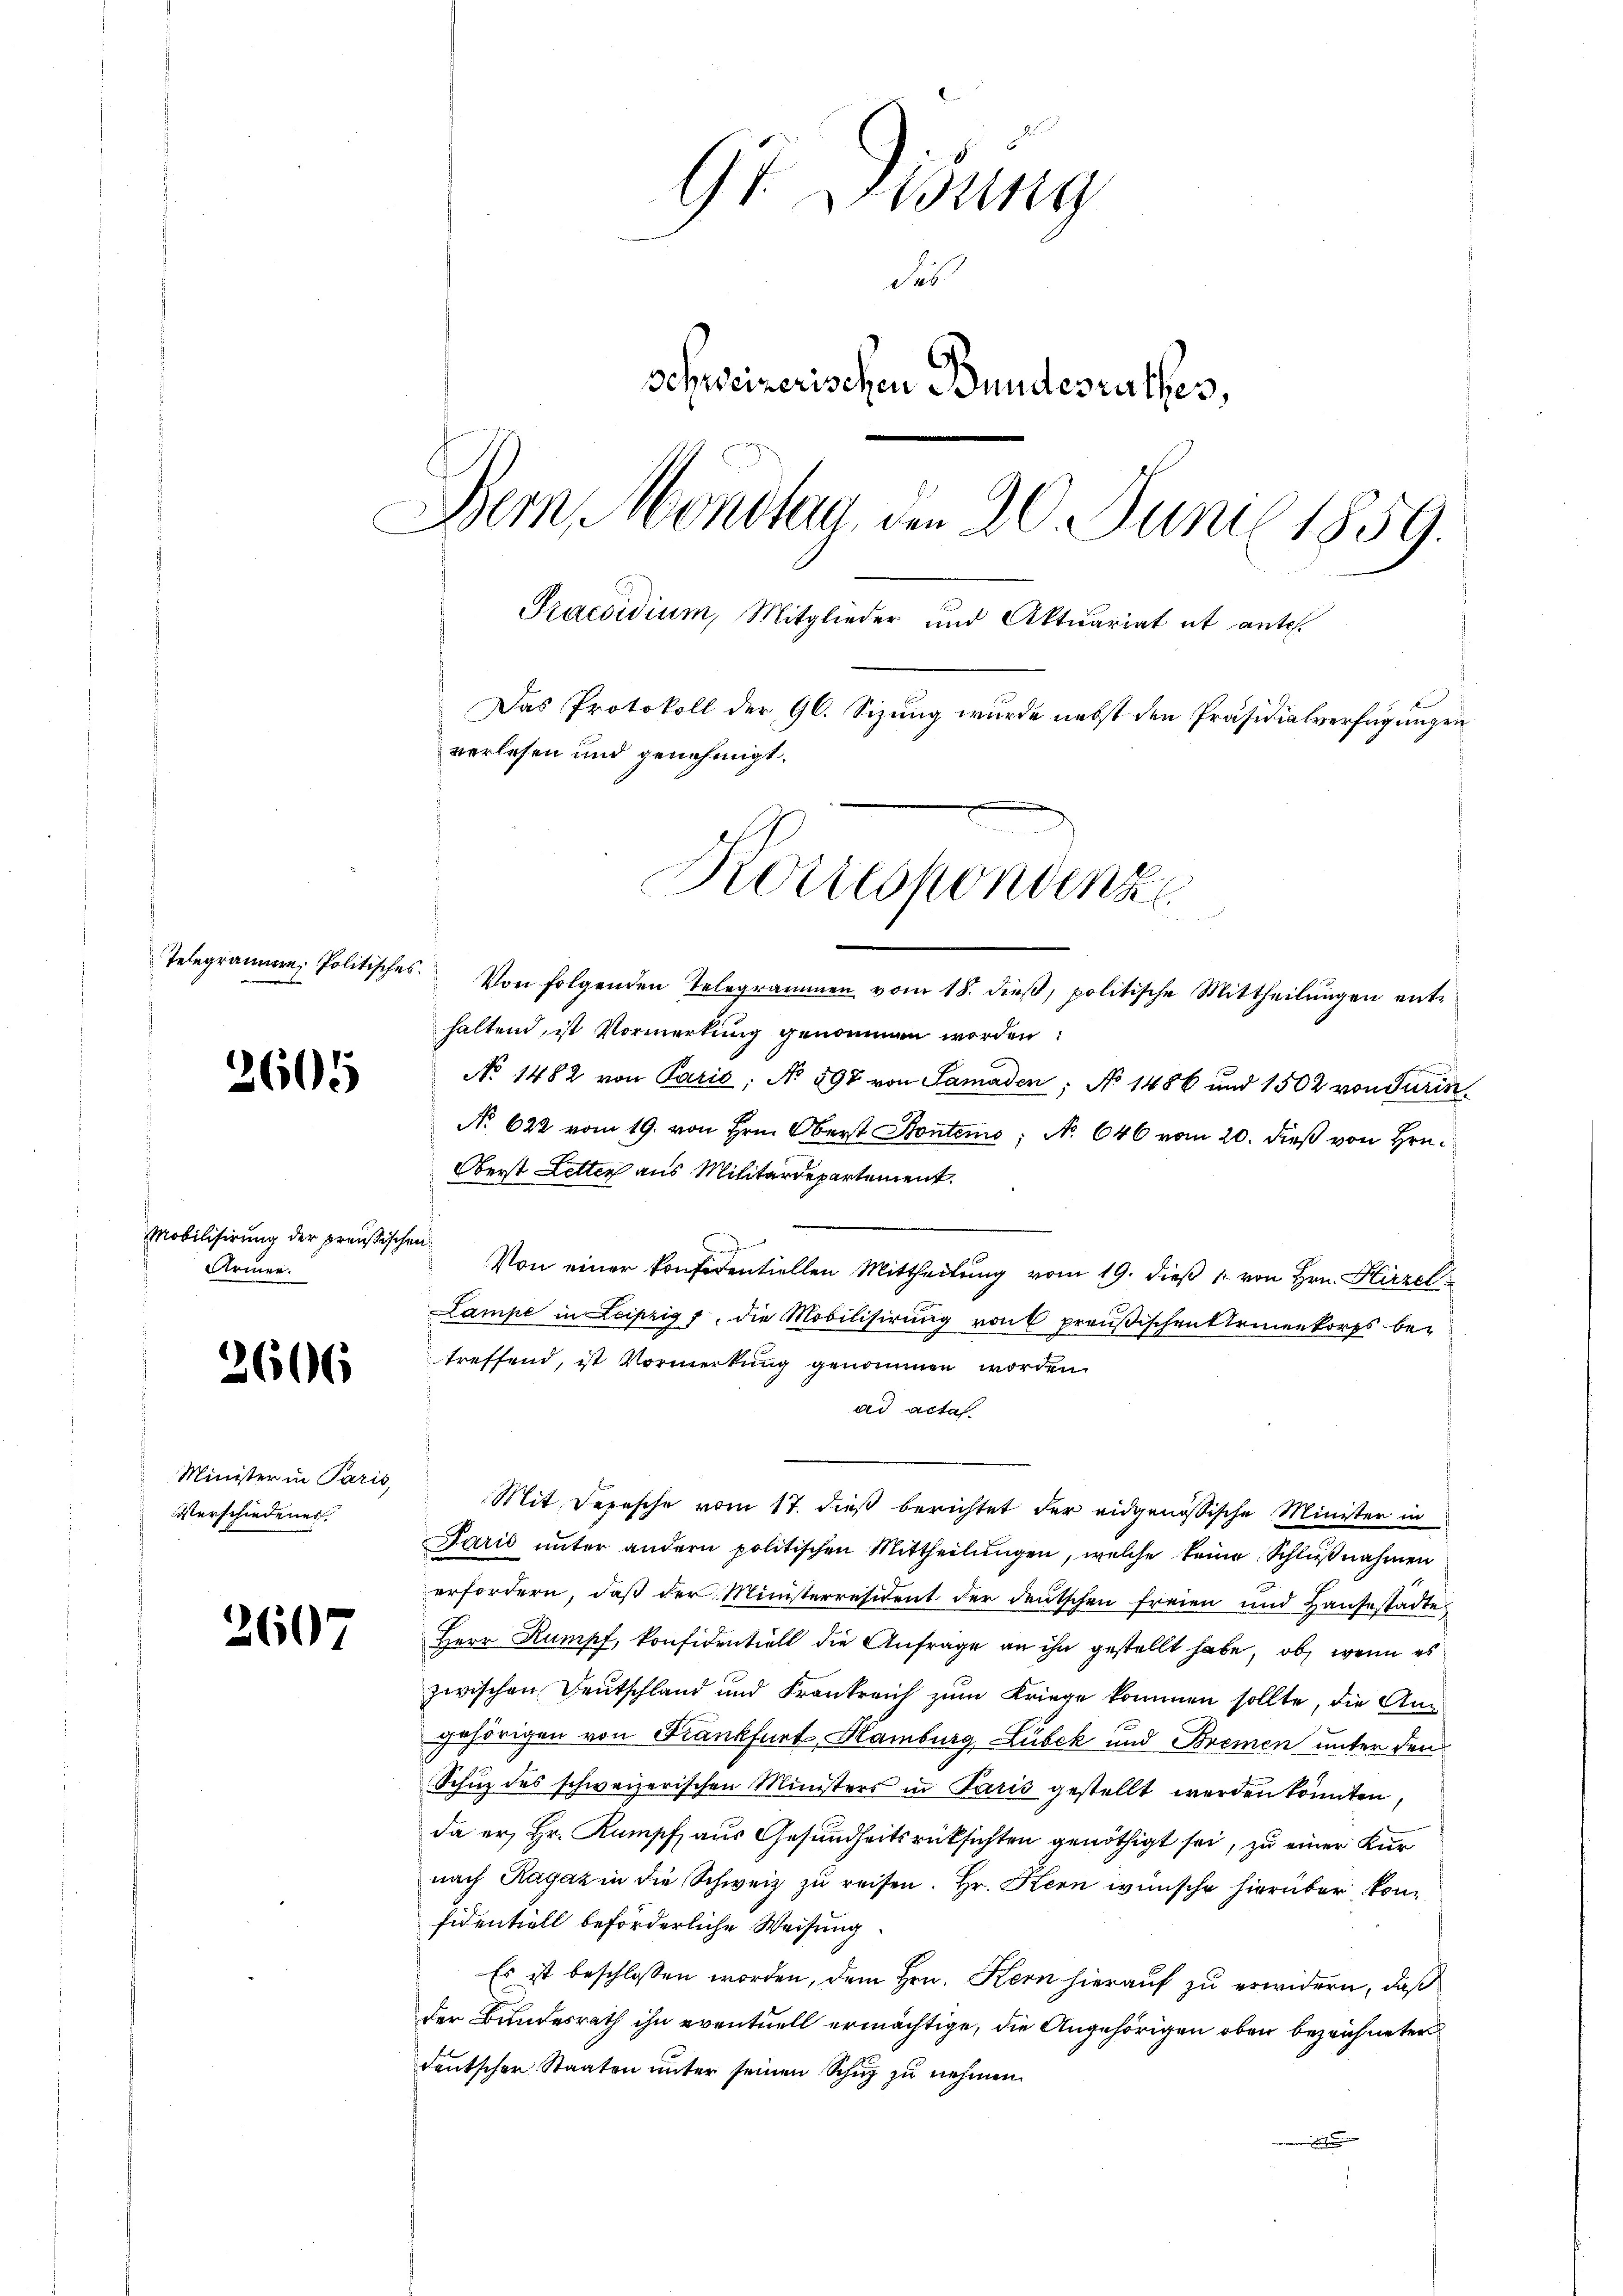
3605

Mobilisirung der preußischen
Armen.

2606

Minister in Paris,
Verschiedenes.

2607

9t Disung
des.
schweizerischen Bundesrathes,
Dem Monstag, den 20. Juni 1859.
Praesidium, Mitglieder und Aktuariat it antes.
Das Protokoll der 96. Sizung wurde nebst den Präsidialverfügungen
verlesen und genehmigt.
Korrespondenz
Telegramm, Politisches. Von folgenden Telegrammen vom 18. dieβ, politische Mittheilŭngen ent-

haltend, ist Vormerkung genommen worden:
No 1482 von Paris; No. 597 von Samaden: No 1486 und 1502 von Turin
No. 622 vom 19. von Hrn. Oberst Kontens; N. 646 vom 20. dieß von Hrn.
Oberst Letter aus Militärdepartement.
Von einer konfidentiellen Mittheilung vom 19. dieβ 1 von Hrn. Hirzel
Lampe in Leipzig, die Mobilisirŭng von 6 preußischen Steinenkorps betreffend, ist Vormerkung genommen worden.
ad acta
Mit Depesche vom 17. dieß berichtet der eidgenössische Minister in
Paris unter andern politischen Mittheilungen, welche keine Schlußnahmen
erfordern, daβ der Ministerresident der deutschen freien und Hausestädte
Herr Kumpf, konfidentiell die Anfrage an ihn gestellt habe, ob, wenn es
zwischen Deutschland und Frankreich zum Kriege kommen sollte, die Angehörigen von Krankfurt Hamburg, Lubek und Bremen unter den
Schuz des schweizerischen Ministers in Paris gestellt werden könnten,
da er, Hr. Kampf, aus Gesundheitsrücksichten genöthigt sei, zu einer Kurnach Ragaz in die Schweiz zŭ reisen. Hr. Kern wünsche hierüber konfidentiell beförderliche Weisung
Es ist beschlossen worden, dem Hrn. Kern hierauf zu erwidern, daß
der Bundesrath ihn eventuell ermächtige, die Angehörigen oben bezeichneter
deutscher Staaten unter seinen Schug zu nehmen.
.